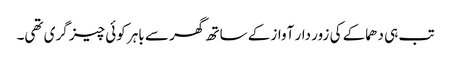
تب ہی دھماکے کی زور دار آواز کے ساتھ گھر سے باہر کوئی چیز گری تھی۔